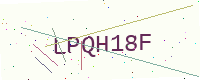
Text: LPQH18F